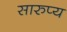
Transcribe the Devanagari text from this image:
सारुप्य